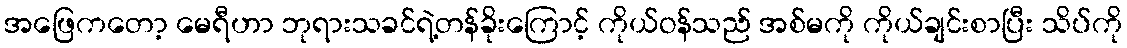
အဖြေကတော့ မေရီဟာ ဘုရားသခင်ရဲ့တန်ခိုးကြောင့် ကိုယ်ဝန်သည် အစ်မကို ကိုယ်ချင်းစာပြီး သိပ်ကို